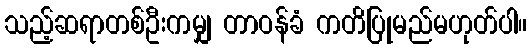
သည့်ဆရာတစ်ဦးကမျှ တာဝန်ခံ ကတိပြုမည်မဟုတ်ပါ။